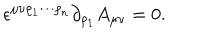
\epsilon ^ { \mu \nu \rho _ { 1 } \cdots \rho _ { n } } \partial _ { \rho _ { 1 } } A _ { \mu \nu } = 0 .